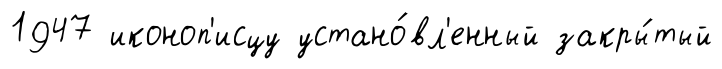
1947 иконоп'исцу устано́вл'енный закры́тый